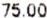
75.00